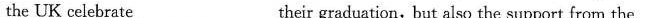
the UK celebrate_their graduation, but also the support from the